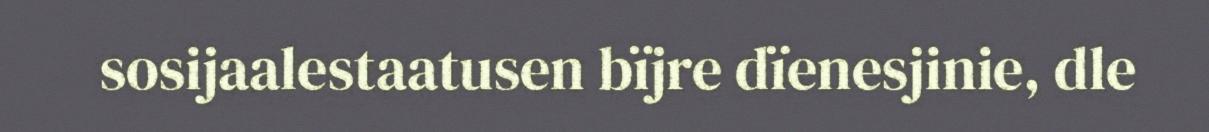
sosijaalestaatusen bïjre dïenesjinie, dle